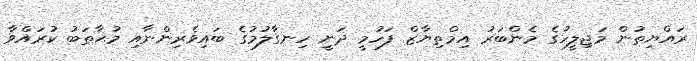
ރައްޔިތުން މަޖިލީހުގެ މެންބަރު އިމްތިޔާޒް ފަހުމީ ދަނީ ހިނގާލުމުގެ ބައިވެރިންނާއި މުޙާތަބު ކުރައްވާ